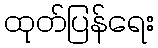
ထုတ်ပြန်ရေး